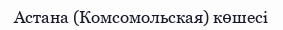
Астана (Комсомольская) көшесі